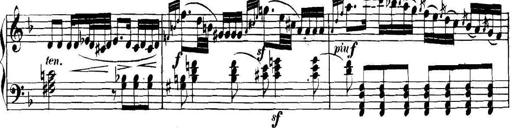
Title: Collected Piano Sonatas
Composer: Muzio Clementi